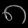
Digit: ၈